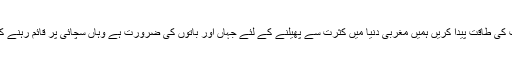
اپنے اندر صداقت کی طاقت پیدا کریں ہمیں مغربی دنیا میں کثرت سے پھیلنے کے لئے جہاں اور باتوں کی ضرورت ہے وہاں سچائی پر قائم رہنے کی ضرورت ہے۔